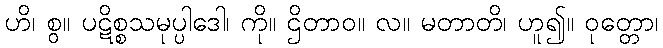
ဟိ၊ စွ။ ပဋိစ္စသမုပ္ပါဒေါ၊ ကို။ ဌိတာဝ။ လ။ မတာတိ၊ ဟူ၍။ ဝုတ္တော၊